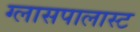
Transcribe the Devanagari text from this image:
ग्लासपालास्ट